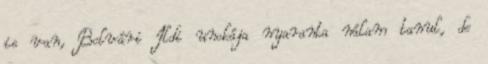
is van, Bolvári Ildi unokája nyaranta nálam tanul, de